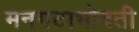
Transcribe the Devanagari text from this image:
मनगटाभोवती